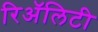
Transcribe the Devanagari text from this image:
रिअॅलिटी